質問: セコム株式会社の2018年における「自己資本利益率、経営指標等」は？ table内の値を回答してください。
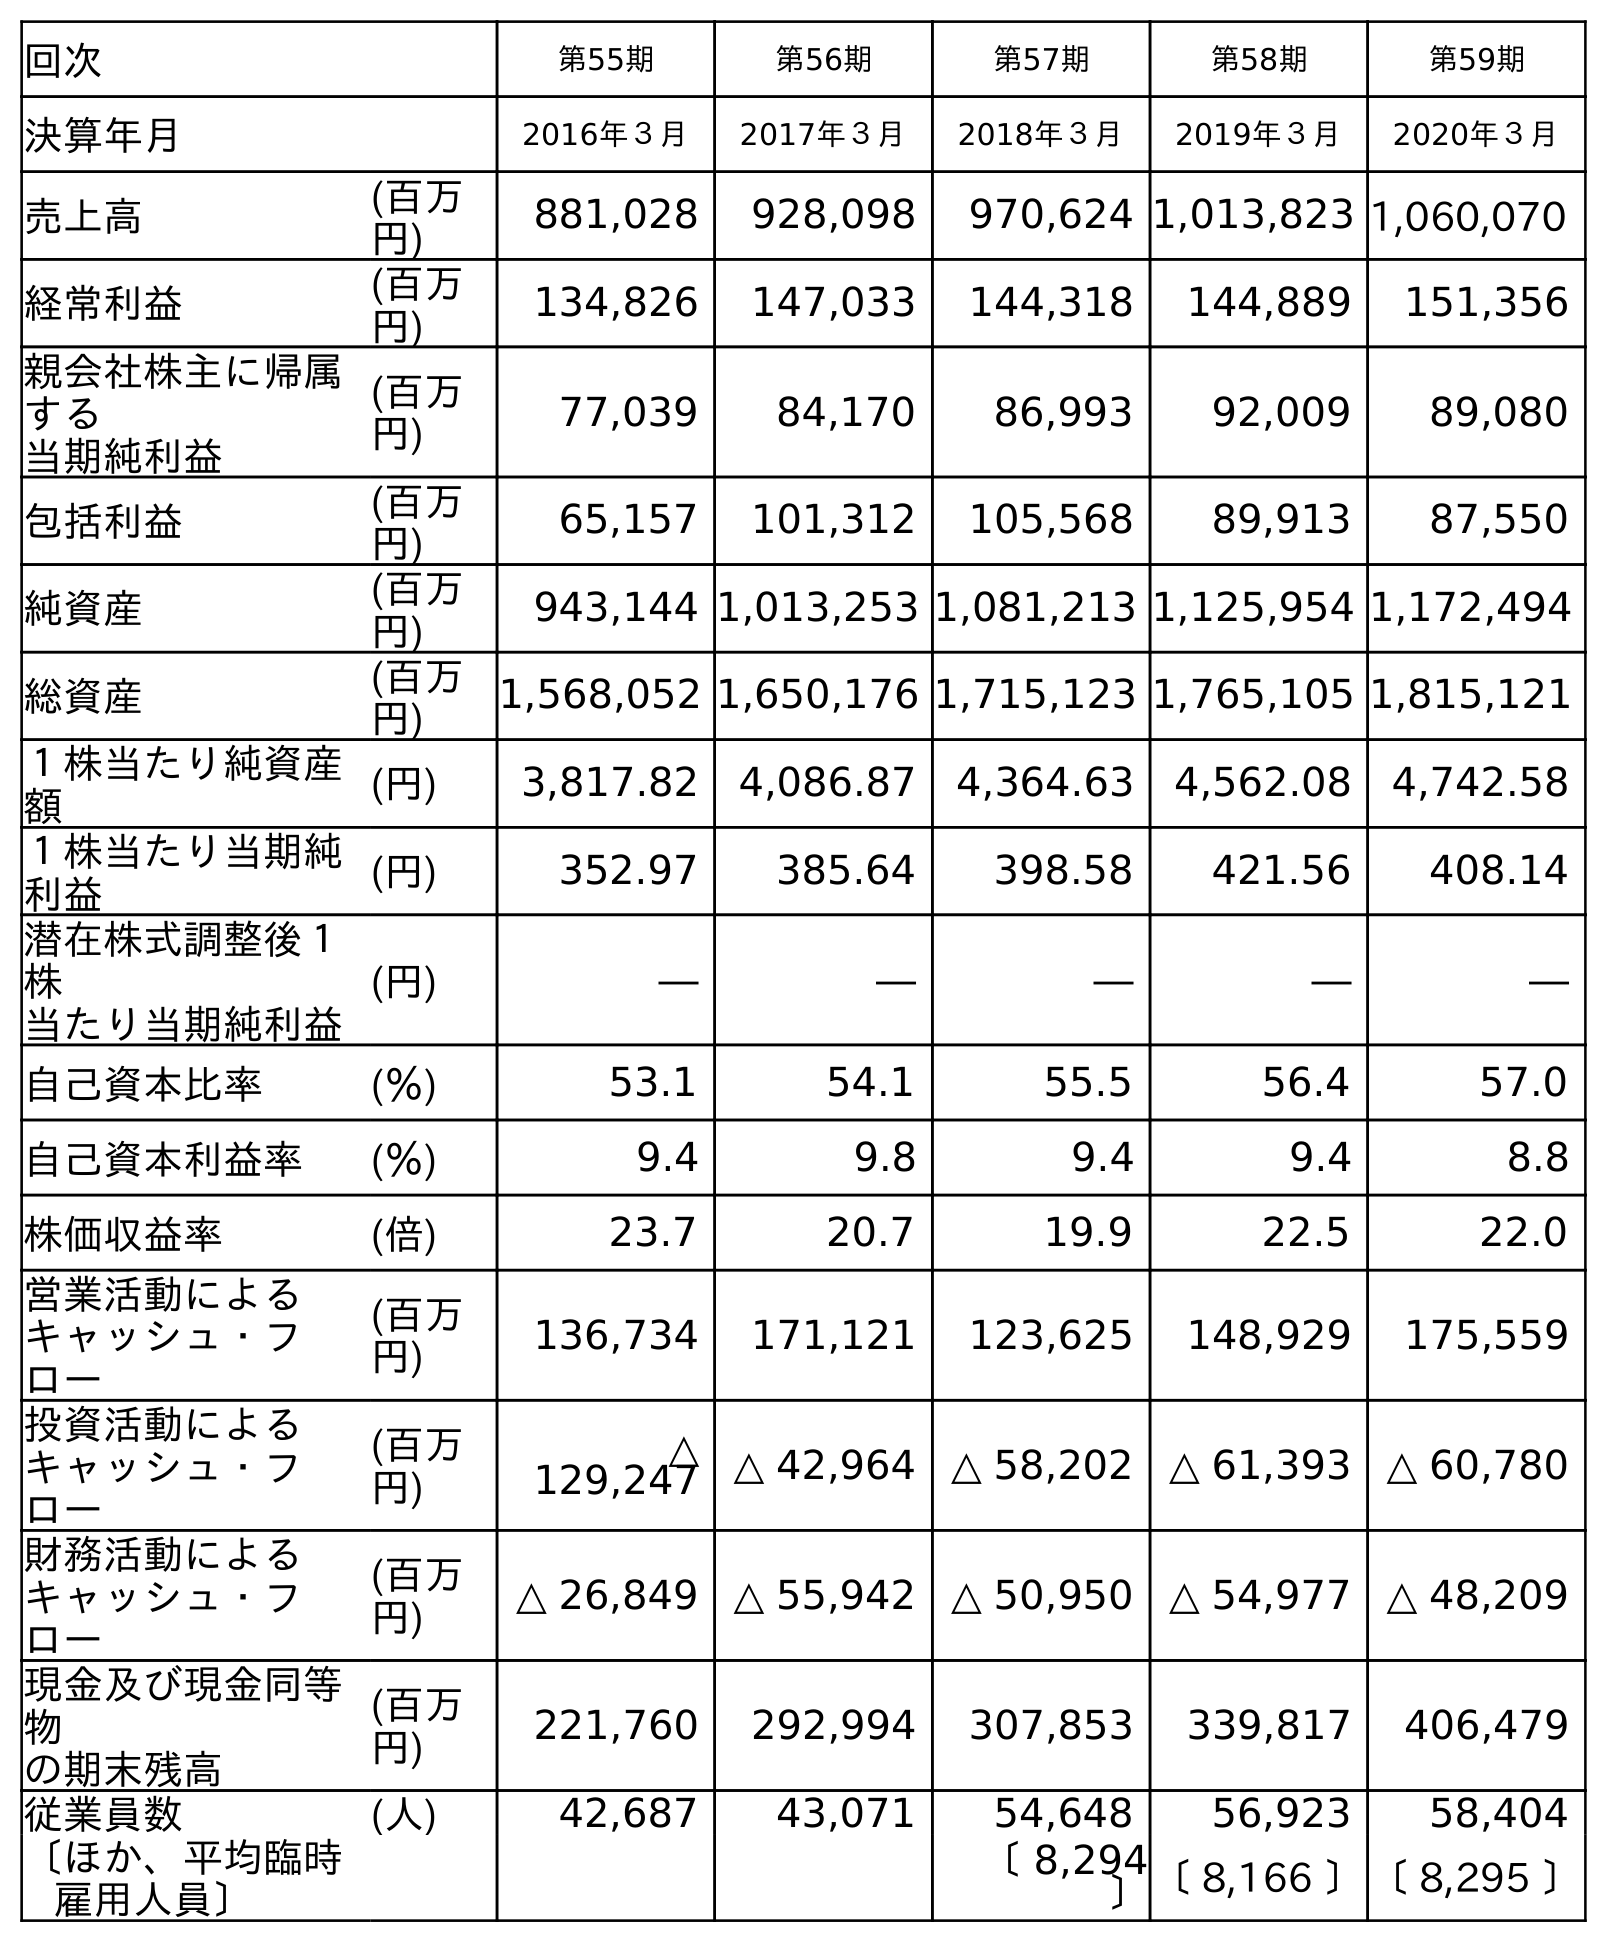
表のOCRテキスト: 回次 第55期 第56期 第57期 第58期 第59期 決算年月 2016年３月 2017年３月 2018年３月 2019年３月 2020年３月 売上高 (百万 円) 881,028 928,098 970,624 1,013,823 1,060,070 経常利益 (百万 円) 134,826 147,033 144,318 144,889 151,356 親会社株主に帰属 する 当期純利益 (百万 円) 77,039 84,170 86,993 92,009 89,080 包括利益 (百万 円) 65,157 101,312 105,568 89,913 87,550 純資産 (百万 円) 943,144 1,013,253 1,081,213 1,125,954 1,172,494 総資産 (百万 円) 1,568,052 1,650,176 1,715,123 1,765,105 1,815,121 １株当たり純資産 額 (円) 3,817.82 4,086.87 4,364.63 4,562.08 4,742.58 １株当たり当期純 利益 (円) 352.97 385.64 398.58 421.56 408.14 潜在株式調整後１ 株 当たり当期純利益 (円) ― ― ― ― ― 自己資本比率 (％) 53.1 54.1 55.5 56.4 57.0 自己資本利益率 (％) 9.4 9.8 9.4 9.4 8.8 株価収益率 (倍) 23.7 20.7 19.9 22.5 22.0 営業活動による キャッシュ・フ ロー (百万 円) 136,734 171,121 123,625 148,929 175,559 投資活動による キャッシュ・フ ロー (百万 円) △ 129,247 △ 42,964 △ 58,202 △ 61,393 △ 60,780 財務活動による キャッシュ・フ ロー (百万 円) △ 26,849 △ 55,942 △ 50,950 △ 54,977 △ 48,209 現金及び現金同等 物 の期末残高 (百万 円) 221,760 292,994 307,853 339,817 406,479 従業員数 (人) 42,687 43,071 54,648 56,923 58,404 〔ほか、平均臨時 雇用人員〕 〔 8,294 〕〔 8,166 〕〔 8,295 〕
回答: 9.4